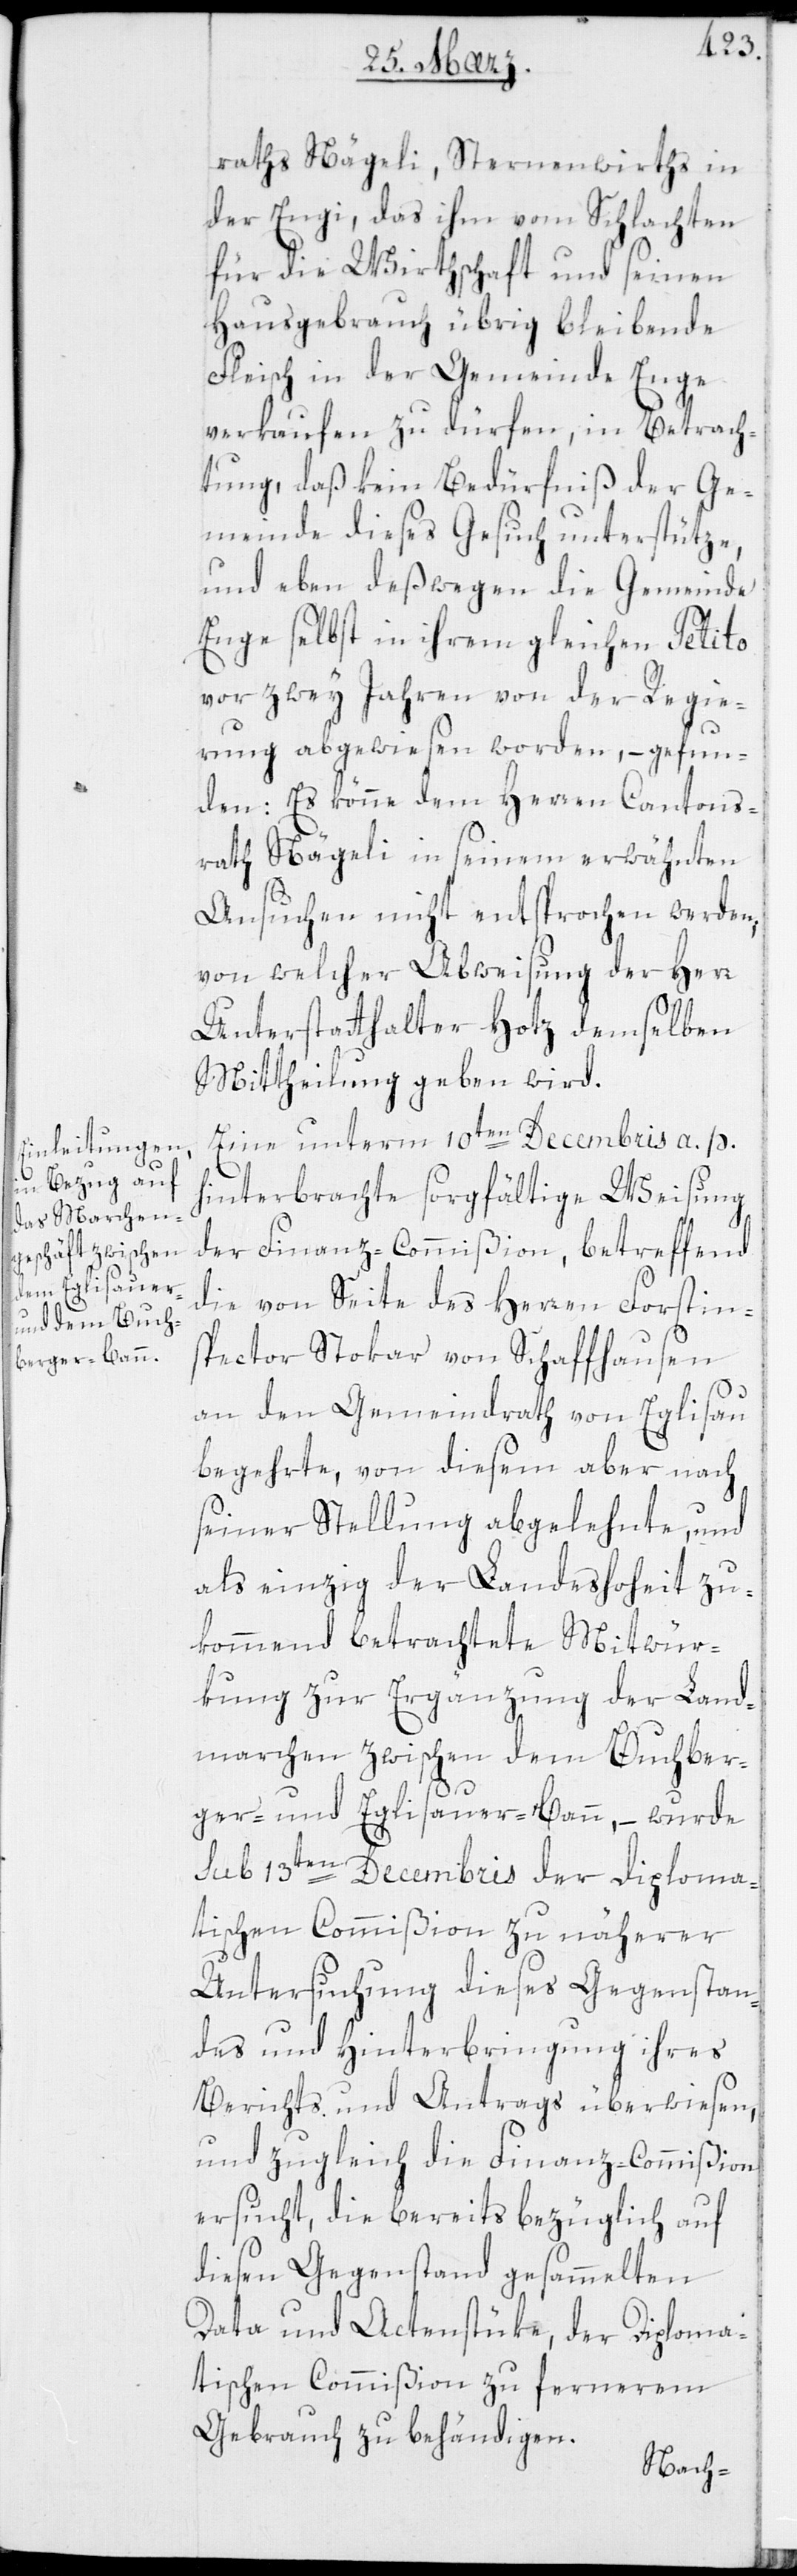
raths Nägeli, Sternenwirths in
der Engi, das ihm vom Schlachten
für die Wirthschaft und seinen
Hausgebrauch übrig bleibende
Fleisch in der Gemeinde Enge
verkaufen zu dürfen, in Betrach¬
tung, daß kein Bedürfniß der Ge¬
meinde dieses Gesuch unterstütze,
und eben deßwegen die Gemeinde
Enge selbst in ihrem gleichen Petito
vor zwey Jahren von der Regie¬
rung abgewiesen worden, – gefun¬
den: Es könne dem Herren Cantons¬
rath Nägeli in seinem erwähnten
Ansuchen nicht entsprochen werden,
von welcher Abweisung der Herr
Unterstatthalter Hotz demselben
Mittheilung geben wird.
Eine unterm 10ten Decembris a. p.
hinterbrachte sorgfältige Weisung
der Finanz-Commißion, betreffend
die von Seite des Herren Forstin¬
spector Stokar von Schaffhausen
an den Gemeindrath von Eglisau
begehrte, von diesem aber nach
seiner Stellung abgelehnte, und
als einzig der Landeshoheit zu¬
kommend betrachtete Mitwür¬
kung zur Ergänzung der Land¬
marchen zwischen dem Buchber¬
ger- und Eglisauer-Bann, – wurde
sub 13ten Decembris der diploma¬
tischen Commißion zu näherer
Untersuchung dieses Gegenstan¬
des und Hinterbringung ihres
Berichts und Antrags überwiesen,
und zugleich die Finanz-Commißion
ersucht, die bereits bezüglich auf
diesen Gegenstand gesammelten
Data und Aktenstüke, der diploma¬
tischen Commißion zu fernerem
Gebrauch zu behändigen.